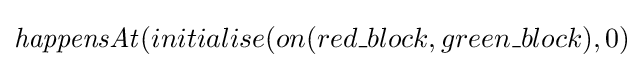
{\mathit {happensAt}}(initialise(on(red\_block,green\_block),0)